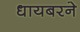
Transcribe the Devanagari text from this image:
धायबरने